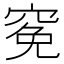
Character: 𥦙